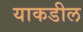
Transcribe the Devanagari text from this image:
याकडील